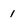
Character: 1